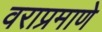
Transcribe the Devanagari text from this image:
वराप्रमाणे